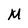
Character: M